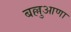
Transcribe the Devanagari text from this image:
बल्लुआणा